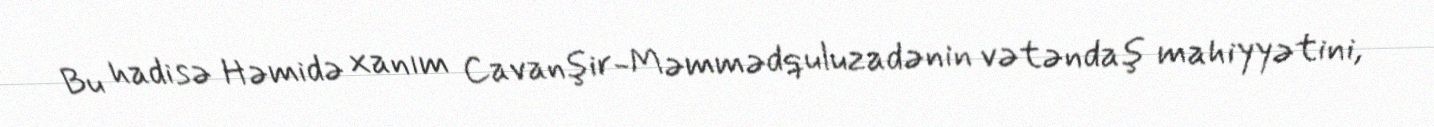
Bu hadisə Həmidə xanım Cavanşir-Məmmədquluzadənin vətəndaş mahiyyətini,